Indian journal of veterinary science and animal husbandry - Volumes 28-29, 1958-1959
Year: 1958
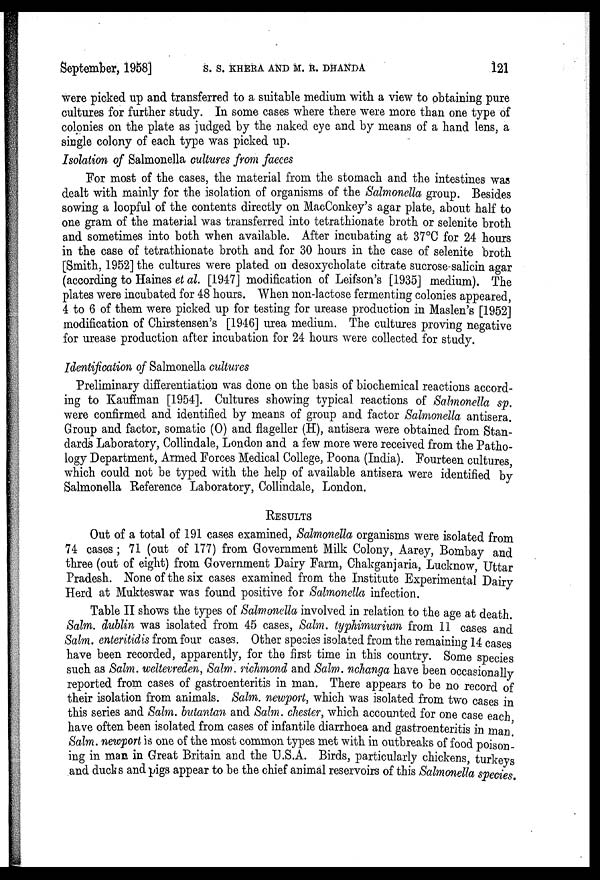
September, 1958] S. S. KHERA AND M. R. DHANDA 121
were picked up and transferred to a suitable medium with a view to obtaining pure
cultures for further study. In some cases where there were more than one type of
colonies on the plate as judged by the naked eye and by means of a hand lens, a
single colony of each type was picked up.
Isolation of Salmonella cultures from faeces
For most of the cases, the material from the stomach and the intestines was
dealt with mainly for the isolation of organisms of the Salmonella group. Besides
sowing a loopful of the contents directly on MacConkey's agar plate, about half to
one gram of the material was transferred into tetrathionate broth or selenite broth
and sometimes into both when available. After incubating at 37°C for 24 hours
in the case of tetrathionate broth and for 30 hours in the case of selenite broth
[Smith, 1952] the cultures were plated on desoxycholate citrate sucrose-salicin agar
(according to Haines et al. [1947] modification of Leifson's [1935] medium). The
plates were incubated for 48 hours. When non-lactose fermenting colonies appeared,
4 to 6 of them were picked up for testing for urease production in Maslen's [1952]
modification of Chirstensen's [1946] urea medium. The cultures proving negative
for urease production after incubation for 24 hours were collected for study.
Identification of Salmonella cultures
Preliminary differentiation was done on the basis of biochemical reactions accord-
ing to Kauffman [1954]. Cultures showing typical reactions of Salmonella sp.
were confirmed and identified by means of group and factor Salmonella antisera.
Group and factor, somatic (0) and flageller (H), antisera were obtained from Stan-
dards Laboratory, Collindale, London and a few more were received from the Patho-
logy Department, Armed Forces Medical College, Poona (India). Fourteen cultures,
which could not be typed with the help of available antisera were identified by
Salmonella Reference Laboratory, Collindale, London.
RESULTS
Out of a total of 191 cases examined, Salmonella organisms were isolated from
74 cases ; 71 (out of 177) from Government Milk Colony, Aarey, Bombay and
three (out of eight) from Government Dairy Farm, Chakganjaria, Lucknow, Uttar
Pradesh. None of the six cases examined from the Institute Experimental Dairy
Herd at Mukteswar was found positive for Salmonella infection.
Table II shows the types of Salmonella involved in relation to the age at death
Salm. dublin was isolated from 45 cases, Salm. typhimurium from 11 cases and
Salm. enteritidis from four cases. Other species isolated from the remaining 14 cases
have been recorded, apparently, for the first time in this country. Some species
such as Salm. weltevreden, Salm. richmond and Salm. nchanga have been occasionally
reported from cases of gastroenteritis in man. There appears to be no record of
their isolation from animals. Salm. newport, which was isolated from two cases in
this series and Salm. butantan and Salm. chester, which accounted for one case each
have often been isolated from cases of infantile diarrhoea and gastroenteritis in man.
Salm. newport is one of the most common types met with in outbreaks of food poison-
ing in mam in Great Britain and the U.S.A. Birds, particularly chickens, turkeys
and ducks and pigs appear to be the chief animal reservoirs of this Salmonella species